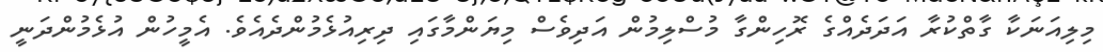
މިލިއަނަކާ ގާތްކުރާ އަދަދެއްގެ ރޮހިންގާ މުސްލިމުން އަދިވެސް މިޔަންމާގައި ދިރިއުޅެމުންދެއެވެ. އެމީހުން އުޅެމުންދަނީ